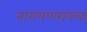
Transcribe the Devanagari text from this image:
नारायणरावचा